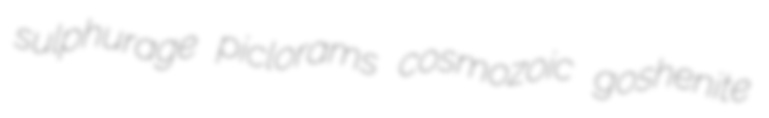
sulphurage piclorams cosmozoic goshenite